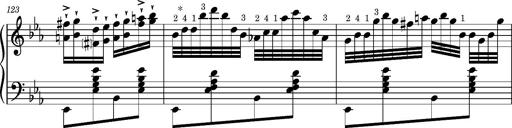
Title: Magyar rapszÃ³diÃ¡k
Composer: Franz Liszt